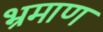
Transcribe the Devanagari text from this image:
भ्रमाण